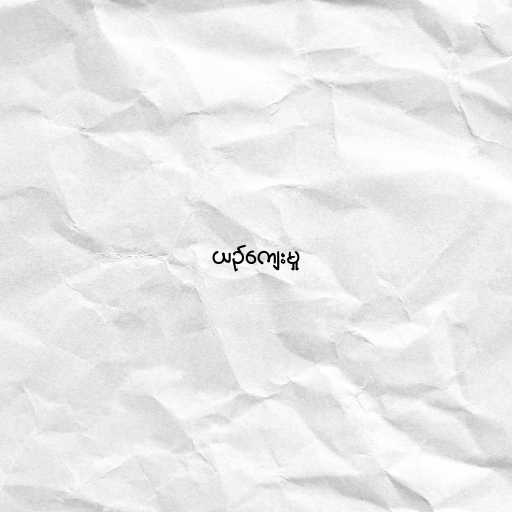
ယဉ်ကျေးမှု